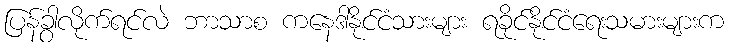
ပြန်ခွါလိုက်ရင်လဲ ဘာသာစ ကနေဒါနိုင်ငံသားများ ရခိုင်နိုင်ငံရေးသမားများက